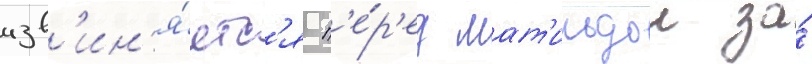
изв'ин'я́етс'я п'е́р'ед мат'ильдои за́